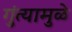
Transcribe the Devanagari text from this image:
गुंत्यामुळे